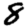
Digit: 8